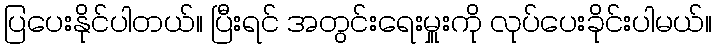
ပြပေးနိုင်ပါတယ်။ ပြီးရင် အတွင်းရေးမှူးကို လုပ်ပေးခိုင်းပါမယ်။